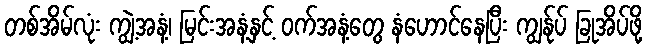
တစ်အိမ်လုံး ကျွဲ့အနံ့၊ မြင်းအနံ့နှင့် ဝက်အနံ့တွေ နံဟောင်နေပြီး ကျွန်ုပ် ခြုအိပ်ဖို့